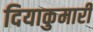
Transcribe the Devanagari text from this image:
दियाकुमारी